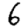
Digit: 6